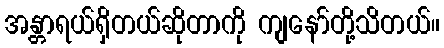
အန္တာရယ်ရှိတယ်ဆိုတာကို ကျနော်တို့သိတယ်။